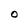
Character: O